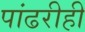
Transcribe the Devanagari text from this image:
पांढरीही